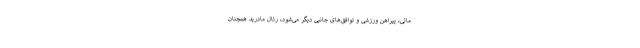
مالی، پیراهن ورزشی و توافق‌های جانبی دیگر می‌شود، رئال مادرید همچنان